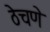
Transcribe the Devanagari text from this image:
ठेचणे